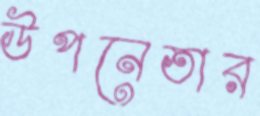
উপনেতার